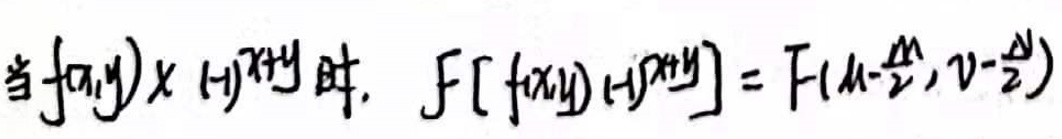
当\(f(x,y)x(-y)^{n+y}\)时，\(F[f(x,y)x(-y)^{n+y}]=F(\mu-\frac{\Delta}{2},\nu-\frac{\Delta}{2})\)